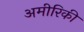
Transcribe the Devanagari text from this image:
अमीरिकी